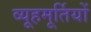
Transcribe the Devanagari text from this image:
व्यूहमूर्तियों